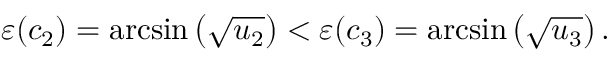
\varepsilon ( c _ { 2 } ) = \arcsin \left( \sqrt { u _ { 2 } } \right) < \varepsilon ( c _ { 3 } ) = \arcsin \left( \sqrt { u _ { 3 } } \right) .